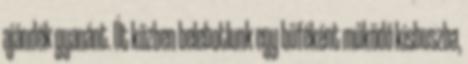
ajándék gyanánt. Út közben belebotlunk egy büféként működő kisbuszba,